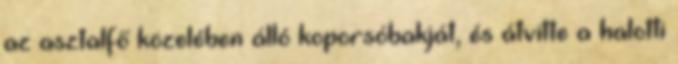
az asztalfő közelében álló koporsóbakját, és átvitte a halotti